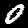
Label: 0